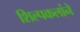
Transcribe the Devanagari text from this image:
शिल्पकलांने